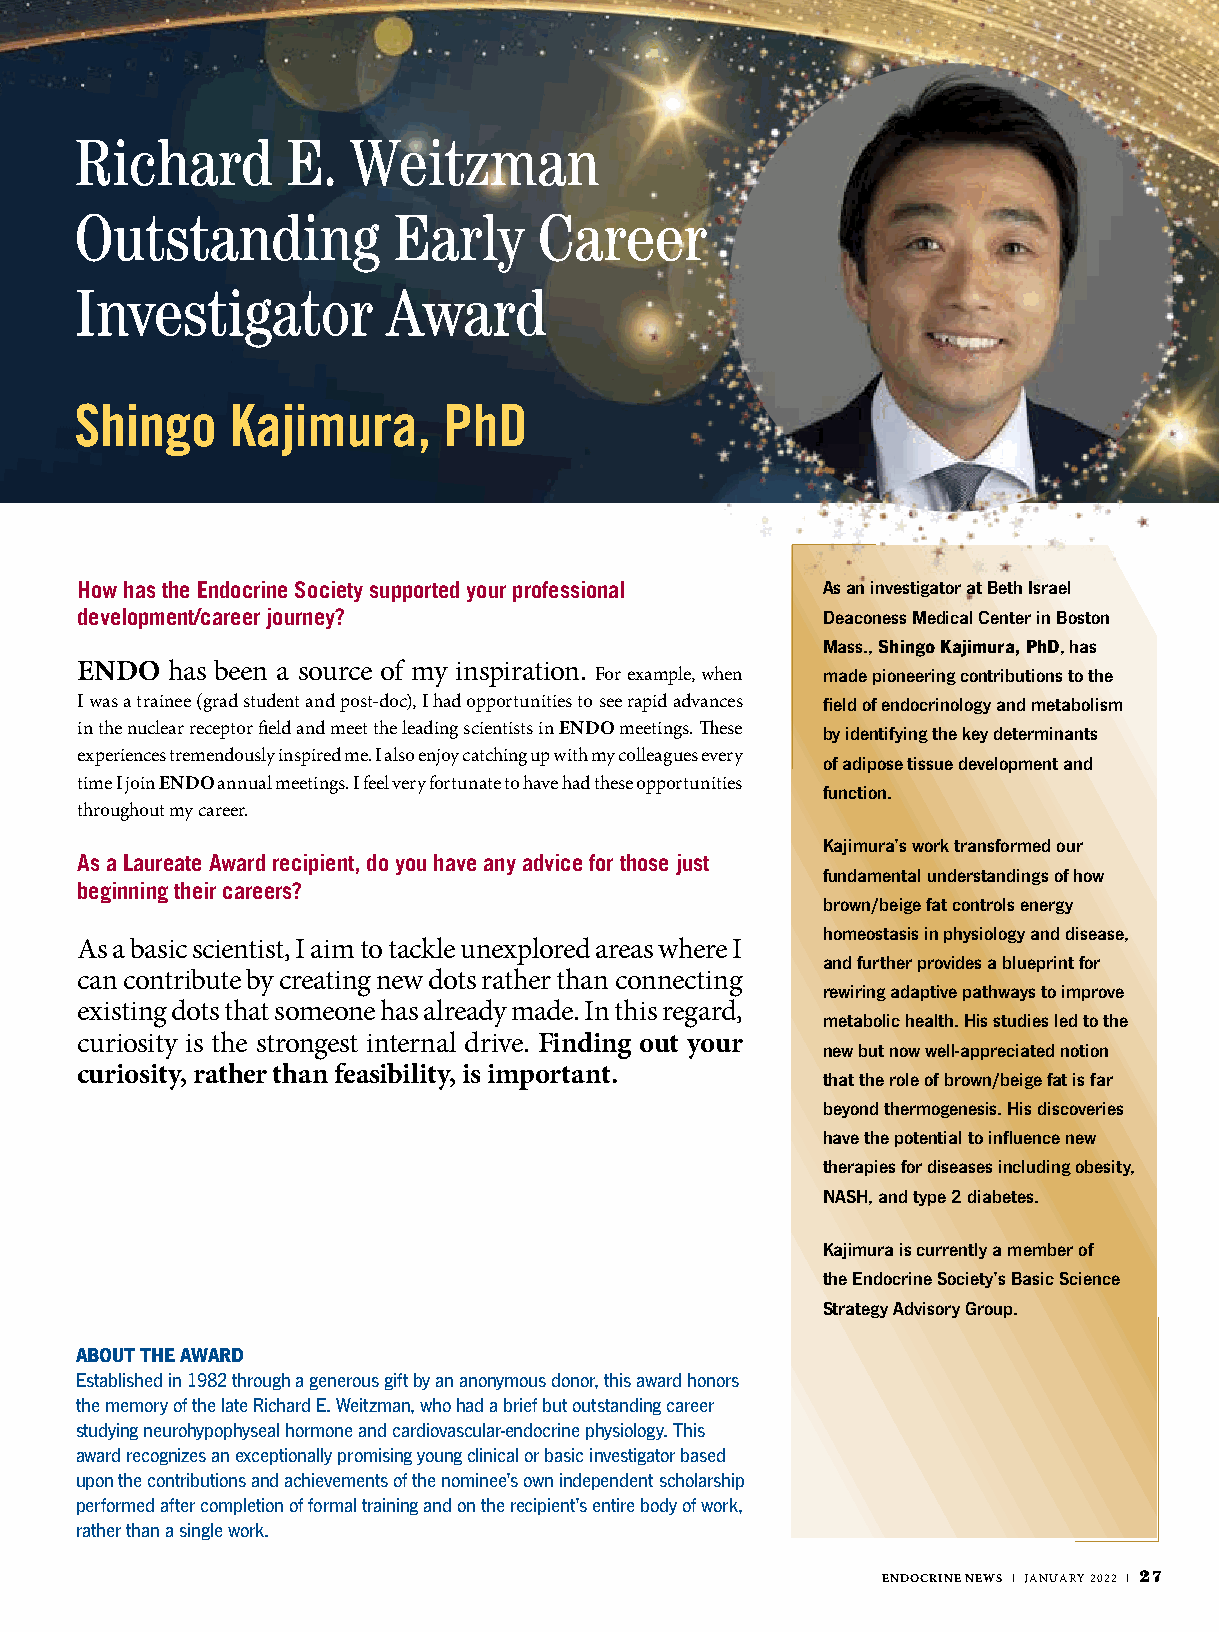
Richard       E.  Weitzman
 Outstanding          Early     Career
 Investigator         Award
 Shingo    Kajimura,     PhD
 How has the Endocrine Society supported your professional As an investigator at Beth Israel
 development/career journey?                      Deaconess Medical Center in Boston
 Mass., Shingo Kajimura, PhD, has
 ENDO  has been a source of my inspiration. For example, when made pioneering contributions to the
 I was a trainee (grad student and post-doc), I had opportunities to see rapid advances field of endocrinology and metabolism
 in the nuclear receptor field and meet the leading scientists in ENDO meetings. These by identifying the key determinants
 experiences tremendously inspired me. I also enjoy catching up with my colleagues every of adipose tissue development and
 time I join ENDO annual meetings. I feel very fortunate to have had these opportunities
 function.
 throughout my career.
 Kajimura’s work transformed our
 As a Laureate Award recipient, do you have any advice for those just
 fundamental understandings of how
 beginning their careers?
 brown/beige fat controls energy
 homeostasis in physiology and disease,
 As a basic scientist, I aim to tackle unexplored areas where I
 and further provides a blueprint for
 can contribute by creating new dots rather than connecting
 rewiring adaptive pathways to improve
 existing dots that someone has already made. In this regard,
 metabolic health. His studies led to the
 curiosity is the strongest internal drive. Finding out your
 new but now well-appreciated notion
 curiosity, rather than feasibility, is important.
 that the role of brown/beige fat is far
 beyond thermogenesis. His discoveries
 have the potential to influence new
 therapies for diseases including obesity,
 NASH, and type 2 diabetes.
 Kajimura is currently a member of
 the Endocrine Society’s Basic Science
 Strategy Advisory Group.
 ABOUT THE AWARD
 Established in 1982 through a generous gift by an anonymous donor, this award honors
 the memory of the late Richard E. Weitzman, who had a brief but outstanding career
 studying neurohypophyseal hormone and cardiovascular-endocrine physiology. This
 award recognizes an exceptionally promising young clinical or basic investigator based
 upon the contributions and achievements of the nominee’s own independent scholarship
 performed after completion of formal training and on the recipient’s entire body of work,
 rather than a single work.
 ENDOCRINE NEWS | JANUARY 2022 | 27